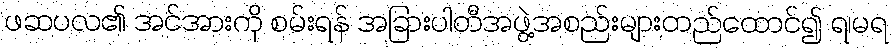
ဖဆပလ၏ အင်အားကို စမ်းရန် အခြားပါတီအဖွဲ့အစည်းများတည်ထောင်၍ ရ၊မရ